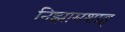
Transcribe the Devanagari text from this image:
निझामशाह